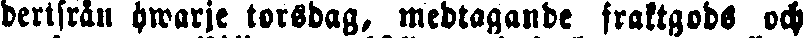
derifrån hwarje torsdag, medtagande fraktgods och